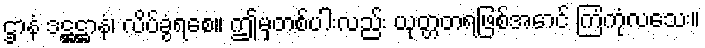
ဌာနံ ဒဋ္ဌဋ္ဌာနံ၊ လိပ်ခွံရစေ။ ဤမှတစ်ပါးလည်း ယုတ္တတရဖြစ်အောင် ကြံကုံလသေး။